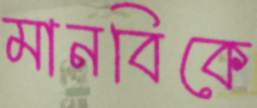
মানবিকে